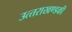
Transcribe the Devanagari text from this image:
उत्‍तराखण्‍डकी